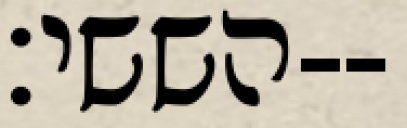
הששי׃--